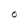
Character: O